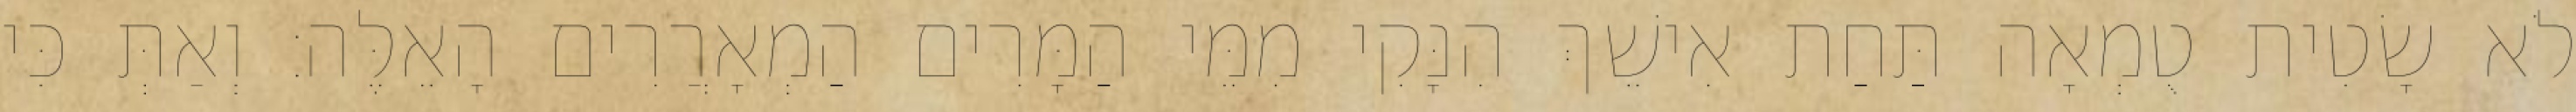
לֹא שָׂטִית טֻמְאָה תַּחַת אִישֵׁךְ הִנָּקִי מִמֵּי הַמָּרִים הַמְאָרֲרִים הָאֵלֶּה׃ וְאַתְּ כִּי